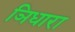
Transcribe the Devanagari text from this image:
ञिधारा